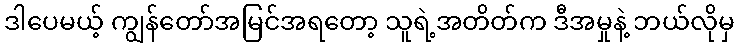
ဒါပေမယ့် ကျွန်တော်အမြင်အရတော့ သူရဲ့အတိတ်က ဒီအမှုနဲ့ ဘယ်လိုမှ